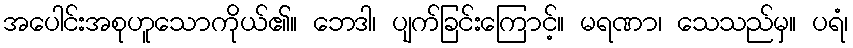
အပေါင်းအစုဟူသောကိုယ်၏။ ဘေဒါ၊ ပျက်ခြင်းကြောင့်။ မရဏာ၊ သေသည်မှ။ ပရံ၊